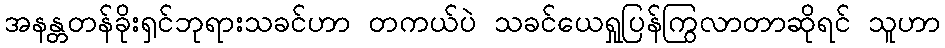
အနန္တတန်ခိုးရှင်ဘုရားသခင်ဟာ တကယ်ပဲ သခင်ယေရှုပြန်ကြွလာတာဆိုရင် သူဟာ